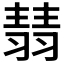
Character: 𦑓